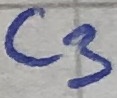
Text: C3